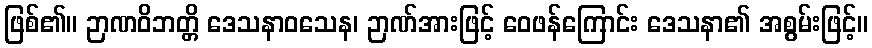
ဖြစ်၏။ ဉာဏဝိဘတ္တိ ဒေသနာဝသေန၊ ဉာဏ်အားဖြင့် ဝေဖန်ကြောင်း ဒေသနာ၏ အစွမ်းဖြင့်။